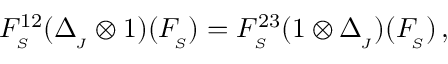
F _ { _ { S } } ^ { 1 2 } ( \Delta _ { _ { \! J } } ^ { } \otimes 1 ) ( F _ { _ { \! S } } ^ { } ) = F _ { _ { S } } ^ { 2 3 } ( 1 \otimes \Delta _ { _ { \! J } } ^ { } ) ( F _ { _ { \! S } } ^ { } ) \, ,